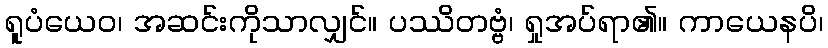
ရူပံယေဝ၊ အဆင်းကိုသာလျှင်။ ပဿိတဗ္ဗံ၊ ရှုအပ်ရာ၏။ ကာယေနပိ၊